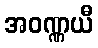
အဝဏ္ဏယီ